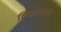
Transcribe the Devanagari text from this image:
शिक्षारोगादि